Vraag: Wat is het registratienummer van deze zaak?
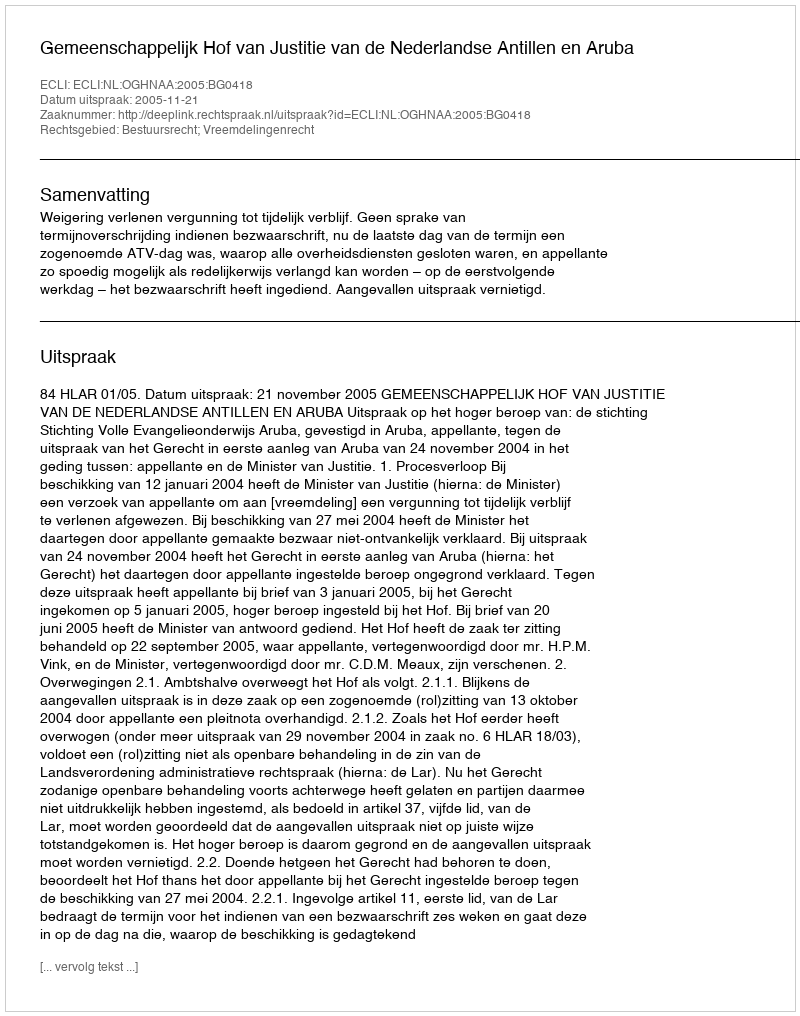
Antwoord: http://deeplink.rechtspraak.nl/uitspraak?id=ECLI:NL:OGHNAA:2005:BG0418